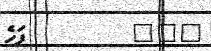
١١٠         ފަހެ